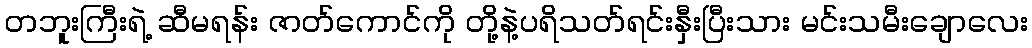
တဘူးကြီးရဲ့ ဆီမရန်း ဇာတ်ကောင်ကို တို့နဲ့ပရိသတ်ရင်းနှီးပြီးသား မင်းသမီးချောလေး